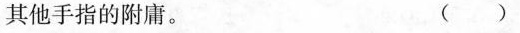
其他手指的附庸。 ( )